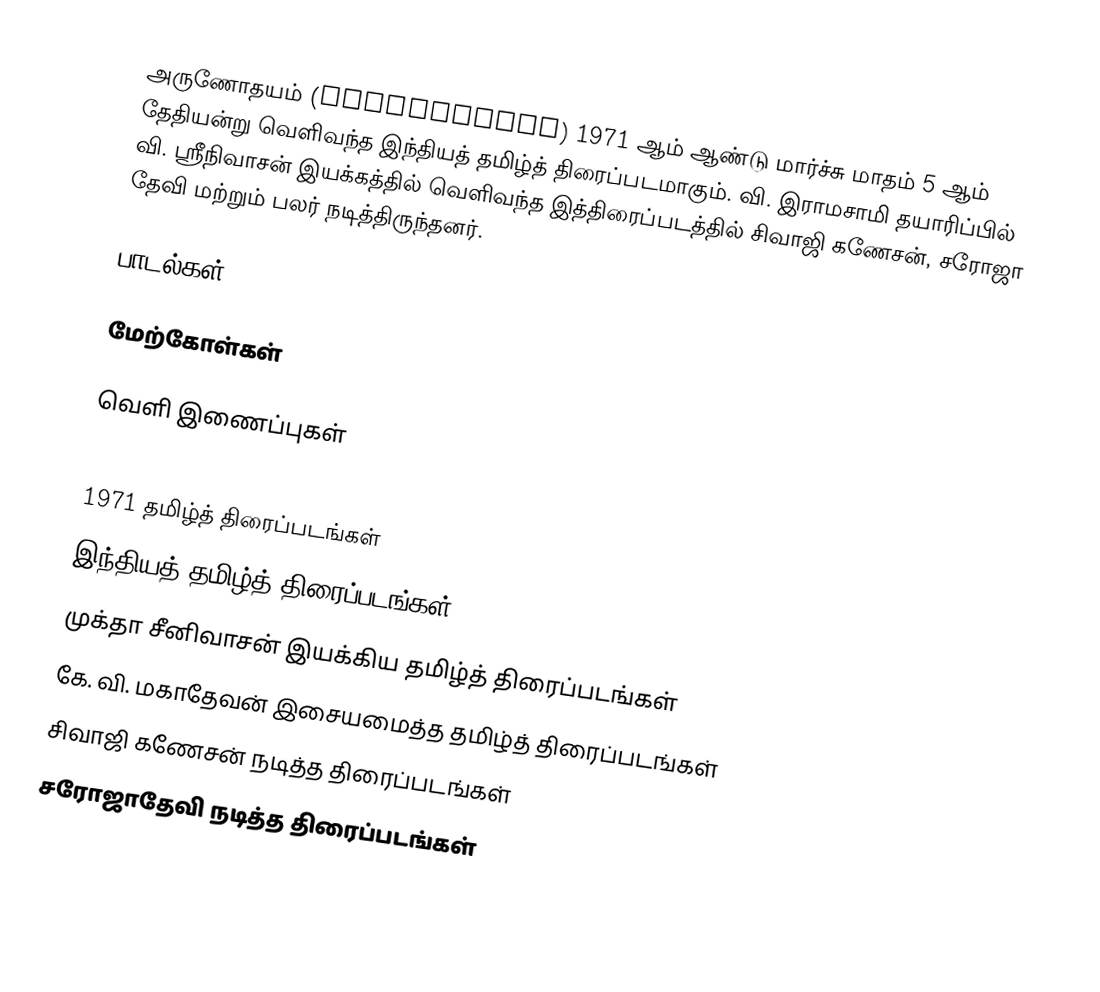
அருணோதயம் (Arunodhayam) 1971 ஆம் ஆண்டு மார்ச்சு மாதம் 5 ஆம் தேதியன்று வெளிவந்த இந்தியத் தமிழ்த் திரைப்படமாகும். வி. இராமசாமி தயாரிப்பில் வி. ஸ்ரீநிவாசன் இயக்கத்தில்  வெளிவந்த இத்திரைப்படத்தில் சிவாஜி கணேசன், சரோஜா தேவி மற்றும் பலர் நடித்திருந்தனர்.

பாடல்கள்

மேற்கோள்கள்

வெளி இணைப்புகள்

1971 தமிழ்த் திரைப்படங்கள்
இந்தியத் தமிழ்த் திரைப்படங்கள்
முக்தா சீனிவாசன் இயக்கிய தமிழ்த் திரைப்படங்கள்
கே. வி. மகாதேவன் இசையமைத்த தமிழ்த் திரைப்படங்கள்
சிவாஜி கணேசன் நடித்த திரைப்படங்கள்
சரோஜாதேவி நடித்த திரைப்படங்கள்